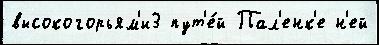
высокогорьям'и3 пут'е́й Пал'енк'е н'ей